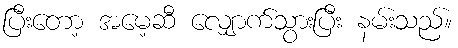
ပြီးတော့ အမေ့ဆီ လျှောက်သွားပြီး နမ်းသည်။